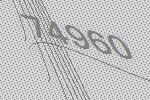
74960